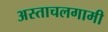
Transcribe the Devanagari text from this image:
अस्ताचलगामी